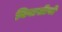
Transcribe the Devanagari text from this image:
निवासीयों